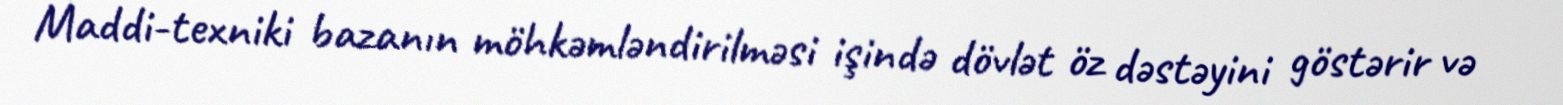
Maddi-texniki bazanın möhkəmləndirilməsi işində dövlət öz dəstəyini göstərir və